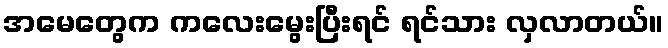
အမေတွေက ကလေးမွေးပြီးရင် ရင်သား လှလာတယ်။